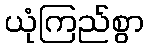
ယုံကြည်စွာ